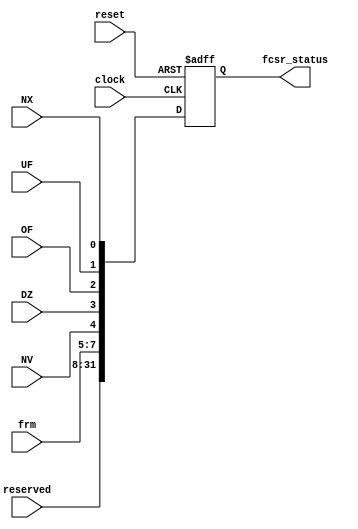

module fcsr(
    input reset,
    input [2:0] frm,
    input  NV,
    input DZ,
    input OF,
    input UF,
    input NX,
    input [31:8] reserved,
    output [31:0] fcsr_status,
    input clock
);

    reg [31:0] fcsr; // 32 memory locations each 32 bits wide

    // If clock edge is positive and regwrite is 1, we write data to specified register
    always @(posedge clock or posedge reset)
    begin
        if(reset) begin 
                fcsr <= 32'h0;
        end 
    else 
    begin
        fcsr <= {reserved,frm,NV,DZ,OF,UF,NX};   
    end
    end

    assign fcsr_status = fcsr;
endmodule